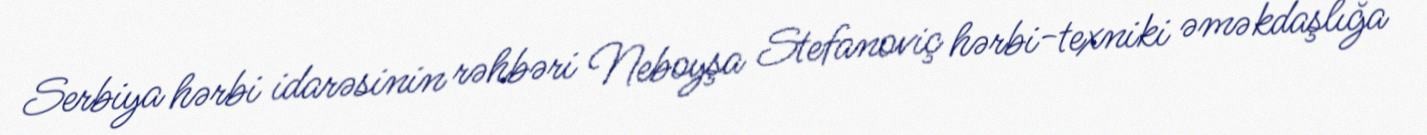
Serbiya hərbi idarəsinin rəhbəri Neboyşa Stefanoviç hərbi-texniki əməkdaşlığa